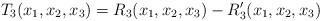
LaTeX: \begin{align*}T_3(x_1,x_2,x_3)=R_3(x_1,x_2,x_3)-R_3^{\prime}(x_1,x_2,x_3)\end{align*}